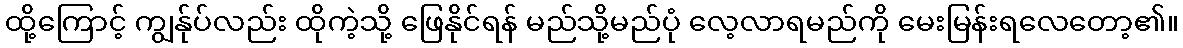
ထို့ကြောင့် ကျွန်ုပ်လည်း ထိုကဲ့သို့ ဖြေနိုင်ရန် မည်သို့မည်ပုံ လေ့လာရမည်ကို မေးမြန်းရလေတော့၏။